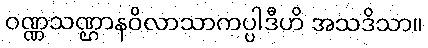
ဝဏ္ဏသဏ္ဌာနဝိလာသာကပ္ပါဒီဟိ အသဒိသာ။